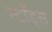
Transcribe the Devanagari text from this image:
स्टाँड्स